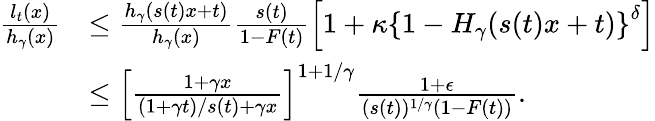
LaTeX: \begin{array}{rl}{\frac{l_{t}(x)}{h_{\gamma}(x)}}&{\leq\frac{h_{\gamma}(s(t)x+t)}{h_{\gamma}(x)}\frac{s(t)}{1-F(t)}\left[1+\kappa\left\lbrace 1-H_{\gamma}(s(t)x+t)\right\rbrace^{\delta}\right]}\\ &{\leq\left[\frac{1+\gamma x}{(1+\gamma t)/s(t)+\gamma x}\right]^{1+1/\gamma}\frac{1+\epsilon}{(s(t))^{1/\gamma}(1-F(t))}.}\end{array}